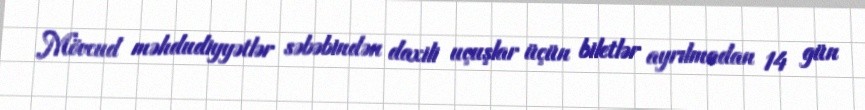
Mövcud məhdudiyyətlər səbəbindən daxili uçuşlar üçün biletlər ayrılmadan 14 gün